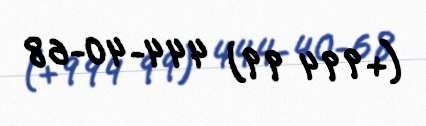
(+994 99) 444-40-68